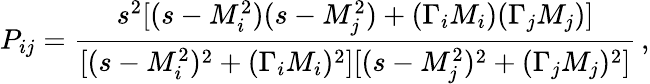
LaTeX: P_{ij}={\frac{s^{2}[(s-M_{i}^{2})(s-M_{j}^{2})+(\Gamma_{i}M_{i})(\Gamma_{j}M_{j})]}{[(s-M_{i}^{2})^{2}+(\Gamma_{i}M_{i})^{2}][(s-M_{j}^{2})^{2}+(\Gamma_{j}M_{j})^{2}]}}\, ,